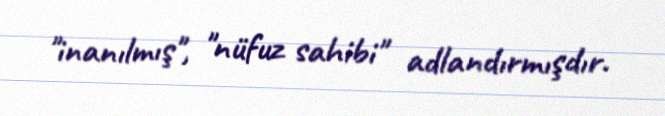
"inanılmış", "nüfuz sahibi" adlandırmışdır.